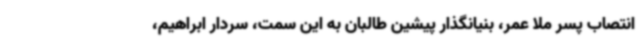
انتصاب پسر ملا عمر، بنیانگذار پیشین طالبان به این سمت، سردار ابراهیم،